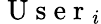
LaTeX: \mathrm{~U~s~e~r~}_{i}